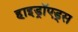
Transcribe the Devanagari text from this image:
हाइड्रॉएड्स